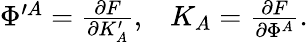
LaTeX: \begin{array}{ll}{{\Phi^{\prime A}={\frac{\partial F}{\partial K_{A}^{\prime}}},}}&{{K_{A}={\frac{\partial F}{\partial\Phi^{A}}}.}}\end{array}